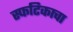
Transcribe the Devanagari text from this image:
स्फटिकाचा